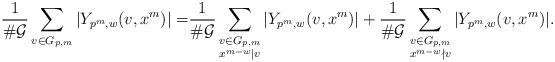
LaTeX: \begin{align*} \frac{1}{\#\mathcal{G}}\sum_{v\in G_{p,m}}|Y_{p^m,w}(v,x^m)|=& \frac{1}{\#\mathcal{G}}\sum_{\substack{v\in G_{p,m} \\ x^{m-w}\mid v}}|Y_{p^m,w}(v,x^m)|+ \frac{1}{\#\mathcal{G}}\sum_{\substack{v\in G_{p,m} \\ x^{m-w} \nmid v}}|Y_{p^m,w}(v,x^m)|. \end{align*}